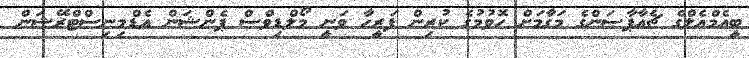
ބީއެމްއެލްގެ ޗެއާޕާސަންގެ މަގާމަށް ހޮވުމުގެ ކުރިން ފަރީހާ ވަނީ މޯލްޑިވްސް ޕެންޝަން އެޑްމިނިސްޓްރޭޝަން